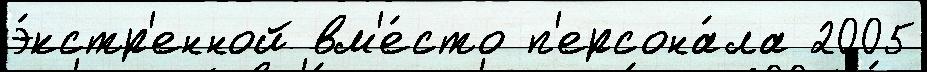
э́кстр'енной вм'е́сто п'ерсона́ла 2005